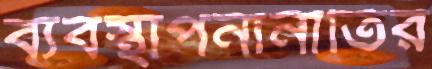
ব্যবস্থাপনানীতির